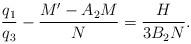
LaTeX: \begin{align*}\frac{q_{1}}{q_{3}}-\frac{M^{\prime }-A_{2}M}{N}=\frac{H}{3B_{2}N}. \end{align*}